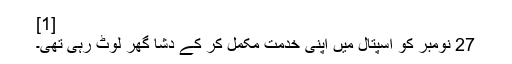
[1]
27 نومبر کو اسپتال میں اپنی خدمت مکمل کر کے دشا گھر لوٹ رہی تھی۔